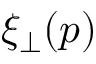
\xi _ { \perp } ( p )